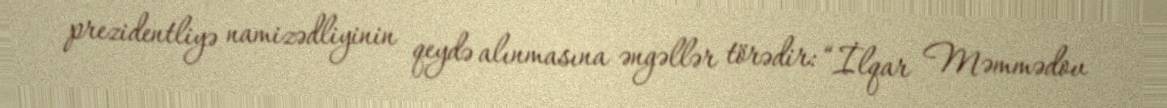
prezidentliyə namizədliyinin qeydə alınmasına əngəllər törədir: “İlqar Məmmədov